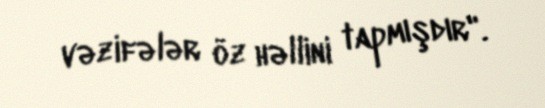
vəzifələr öz həllini tapmışdır".